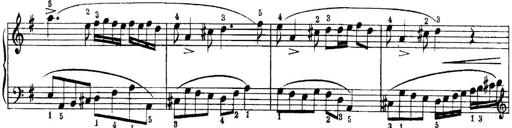
Title: Quatres sonatines
Composer: Tadeusz Joteyko